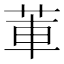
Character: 莗